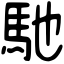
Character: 馳